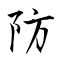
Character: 防